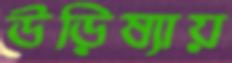
উড়িষ্যায়